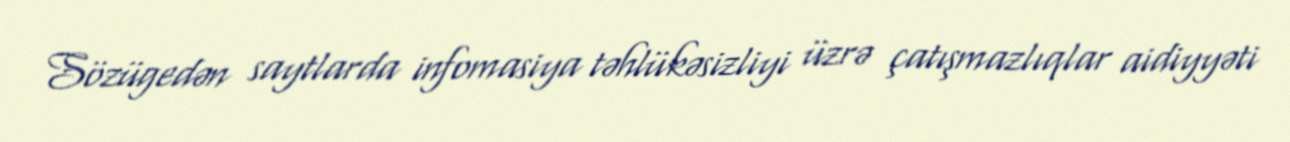
Sözügedən saytlarda infomasiya təhlükəsizliyi üzrə çatışmazlıqlar aidiyyəti